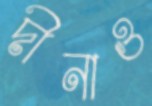
দীনাও